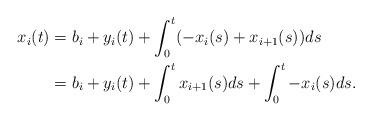
LaTeX: \begin{align*}x_i(t) &= b_i + y_i(t) + \int_0^t(-x_i(s)+x_{i+1}(s))ds \\ &= b_i + y_i(t) + \int_0^tx_{i+1}(s)ds + \int_0^t-x_i(s)ds.\end{align*}